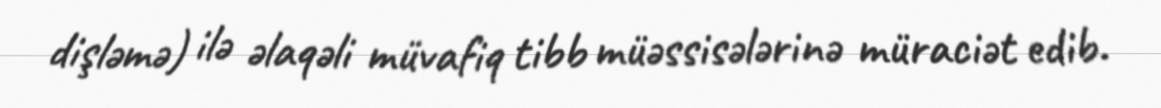
dişləmə) ilə əlaqəli müvafiq tibb müəssisələrinə müraciət edib.